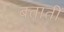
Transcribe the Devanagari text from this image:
बतातीं